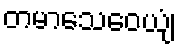
တမာသေဝေယျံ